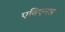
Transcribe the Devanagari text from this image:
एविएनस